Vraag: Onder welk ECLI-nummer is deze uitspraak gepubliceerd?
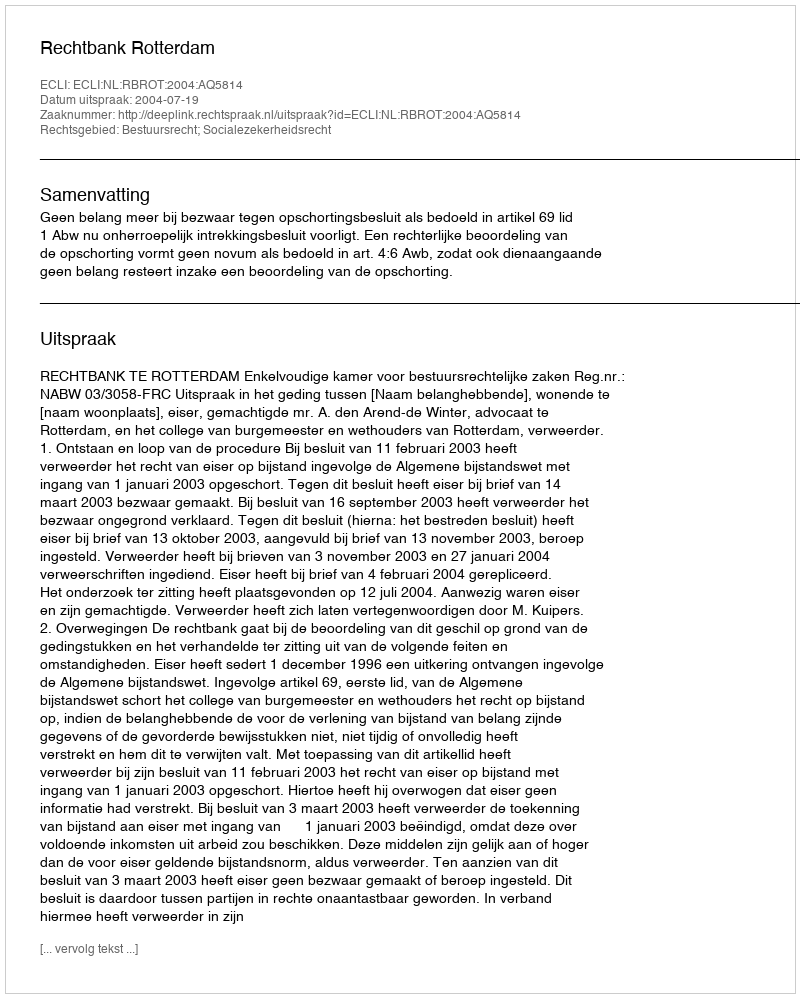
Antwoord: ECLI:NL:RBROT:2004:AQ5814